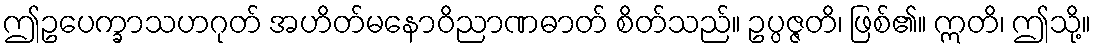
ဤဥပေက္ခာသဟဂုတ် အဟိတ်မနောဝိညာဏဓာတ် စိတ်သည်။ ဥပ္ပဇ္ဇတိ၊ ဖြစ်၏။ ဣတိ၊ ဤသို့။